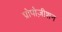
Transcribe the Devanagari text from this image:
प्रोपोज़ीशन